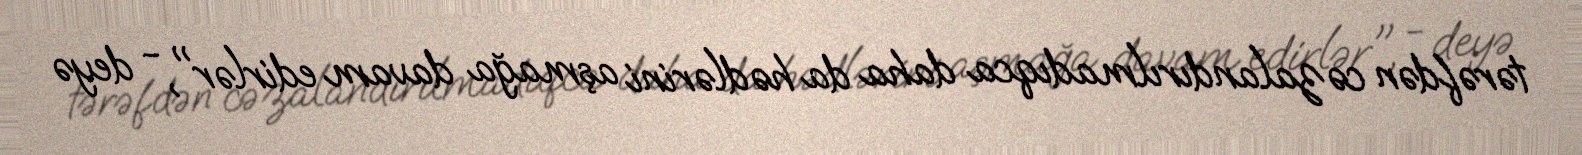
tərəfdən cəzalandırılmadıqca daha da hədlərini aşmağa davam edirlər", - deyə